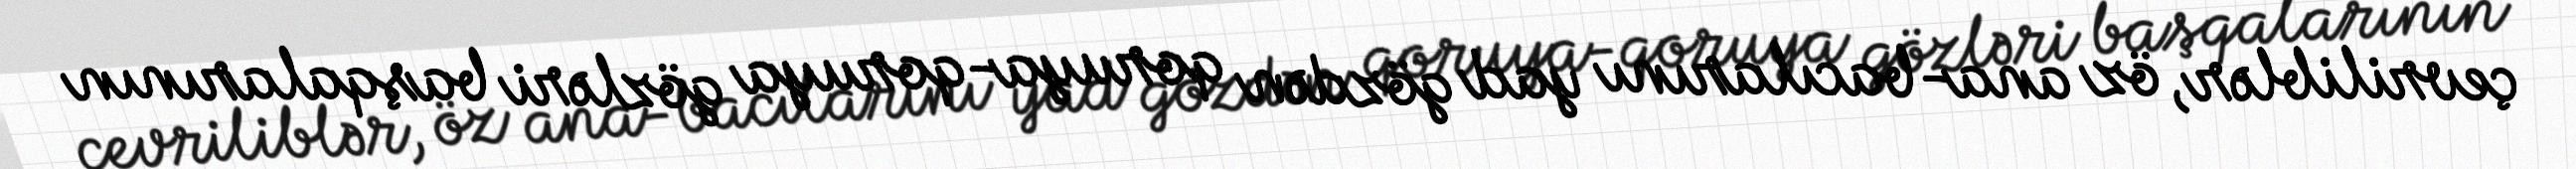
çevriliblər, öz ana-bacılarını yad gözdən qoruya-qoruya gözləri başqalarının